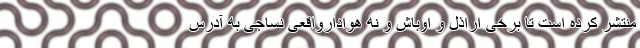
منتشر کرده است تا برخی اراذل و اوباش و نه هوادارواقعی نساجی به آدرس